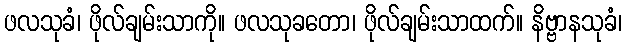
ဖလသုခံ၊ ဖိုလ်ချမ်းသာကို။ ဖလသုခတော၊ ဖိုလ်ချမ်းသာထက်။ နိဗ္ဗာနသုခံ၊